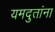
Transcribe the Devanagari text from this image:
यमदुतांना